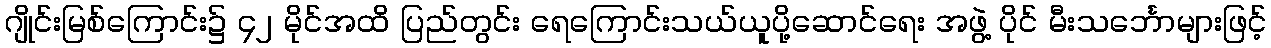
ဂျိုင်းမြစ်ကြောင်း၌ ၄၂ မိုင်အထိ ပြည်တွင်း ရေကြောင်းသယ်ယူပို့ဆောင်ရေး အဖွဲ့ ပိုင် မီးသင်္ဘောများဖြင့်